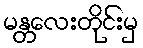
မန္တလေးတိုင်းမှ